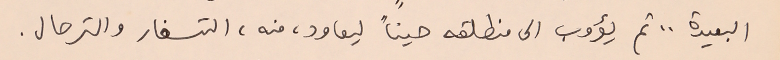
البعيدة .. ثم يؤوب الى منطلقه حيناً ليعاود، منه، التسفار والترحال.